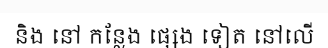
និង នៅ កន្លែង ផ្សេង ទៀត នៅលើ